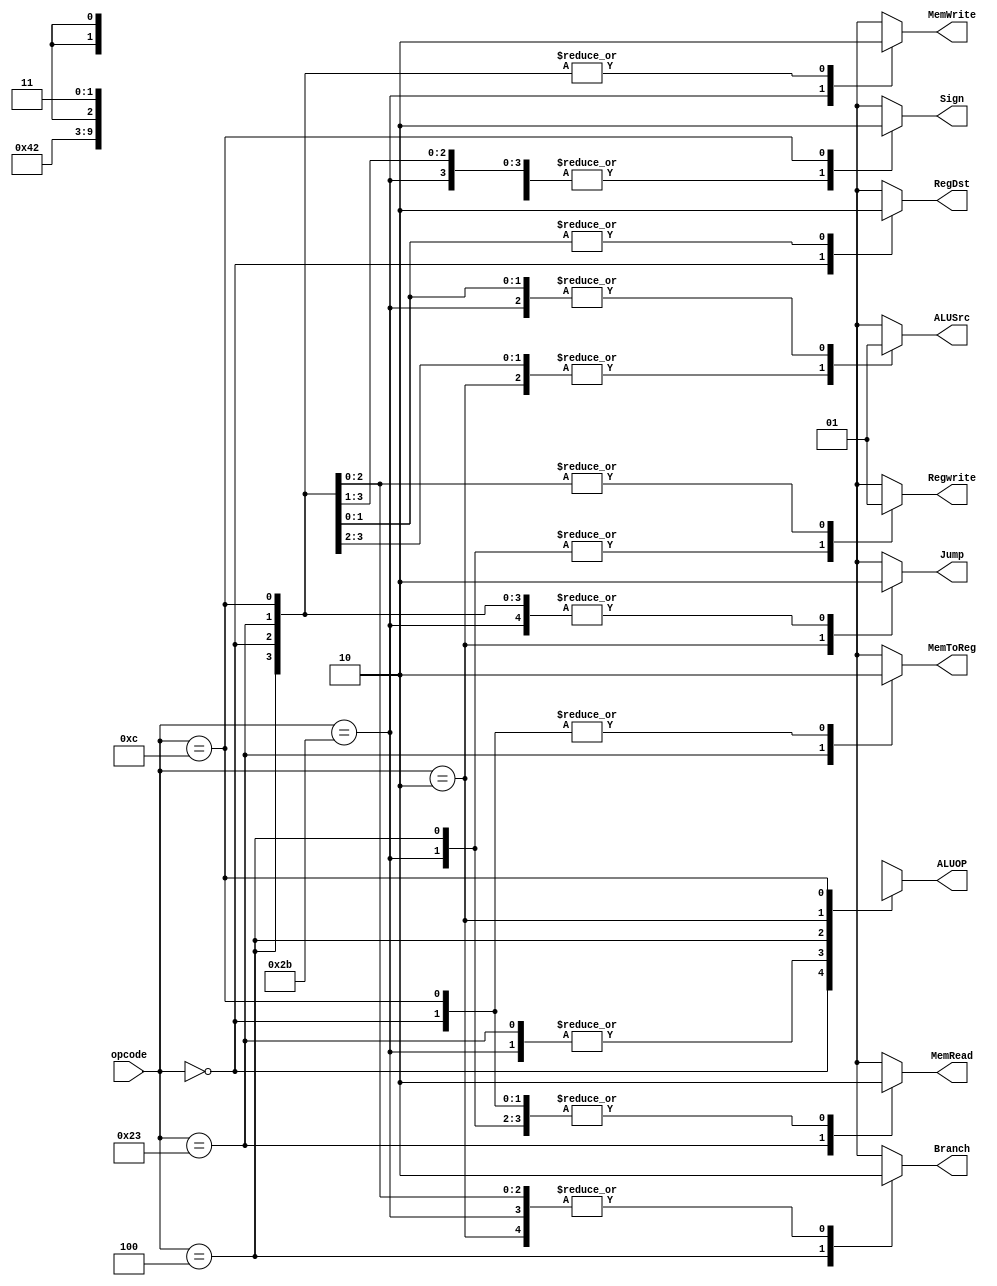
module control_single( RegDst, ALUOP, ALUSrc, Branch, MemRead, MemWrite, Regwrite, MemToReg, Jump, opcode, Sign ) ;
    input [5:0]opcode ;
    output reg RegDst, ALUSrc, Branch, MemRead, MemWrite, Regwrite, MemToReg, Jump, Sign ;
	output reg [1:0]ALUOP ;

    parameter R_FORMAT = 6'd0 ;
    parameter LW = 6'd35 ;
    parameter SW = 6'd43 ;
    parameter BEQ = 6'd4 ;
	parameter J = 6'd2 ;
	parameter ANDI = 6'd12;
	
    always @( opcode ) begin
        case ( opcode )
          R_FORMAT : 
          begin
              RegDst = 1'b1 ; ALUOP = 2'b10 ; ALUSrc = 1'b0; Branch = 1'b0 ; Sign = 1'b1;
              MemRead = 1'b0 ; MemWrite = 1'b0 ; Regwrite = 1'b1 ; MemToReg = 1'b0 ; Jump = 1'b0 ;
          end
          LW :
          begin
              RegDst = 1'b0 ; ALUOP = 2'b00 ; ALUSrc = 1'b1 ; Branch = 1'b0 ; Sign = 1'b1;
              MemRead = 1'b1 ; MemWrite = 1'b0 ; Regwrite = 1'b1 ; MemToReg = 1'b1 ; Jump = 1'b0 ;
          end
          SW :
          begin
              RegDst = 1'bx ; ALUOP = 2'b00 ; ALUSrc = 1'b1 ; Branch = 1'b0 ; Sign = 1'b1;
              MemRead = 1'b0 ; MemWrite = 1'b1 ; Regwrite = 1'b0 ; MemToReg = 1'bx ; Jump = 1'b0 ;
          end
          BEQ :
          begin
              RegDst = 1'bx ; ALUOP = 2'b01 ; ALUSrc = 1'b0 ; Branch = 1'b1 ; Sign = 1'b1;
              MemRead = 1'b0 ; MemWrite = 1'b0 ; Regwrite = 1'b0 ; MemToReg = 1'bx ; Jump = 1'b0 ;
          end
          J :
          begin
              RegDst = 1'bx ; ALUOP = 2'b0x ; ALUSrc = 1'b0 ; Branch = 1'b0 ; Sign = 1'b1;
              MemRead = 1'bx ; MemWrite = 1'bx ; Regwrite = 1'bx ; MemToReg = 1'bx ; Jump = 1'b1 ;
          end
          ANDI :
          begin
              RegDst = 1'b0 ; ALUOP = 2'b11 ; ALUSrc = 1'b1 ; Branch = 1'b0 ; Sign = 1'b0;
              MemRead = 1'b0 ; MemWrite = 1'b0 ; Regwrite = 1'b1 ; MemToReg = 1'b0 ; Jump = 1'b0 ;
          end
          default
          begin
              $display("control_single unimplemented opcode %d", opcode);
              RegDst = 1'bx ; ALUOP = 2'bxx ; ALUSrc = 1'bx ; Branch = 1'bx ; Sign = 1'bx;
              MemRead = 1'bx ; MemWrite = 1'bx ; Regwrite = 1'bx ; MemToReg = 1'bx ; Jump = 1'bx ;
          end

        endcase
    end
endmodule